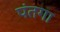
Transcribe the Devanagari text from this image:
पंतगा